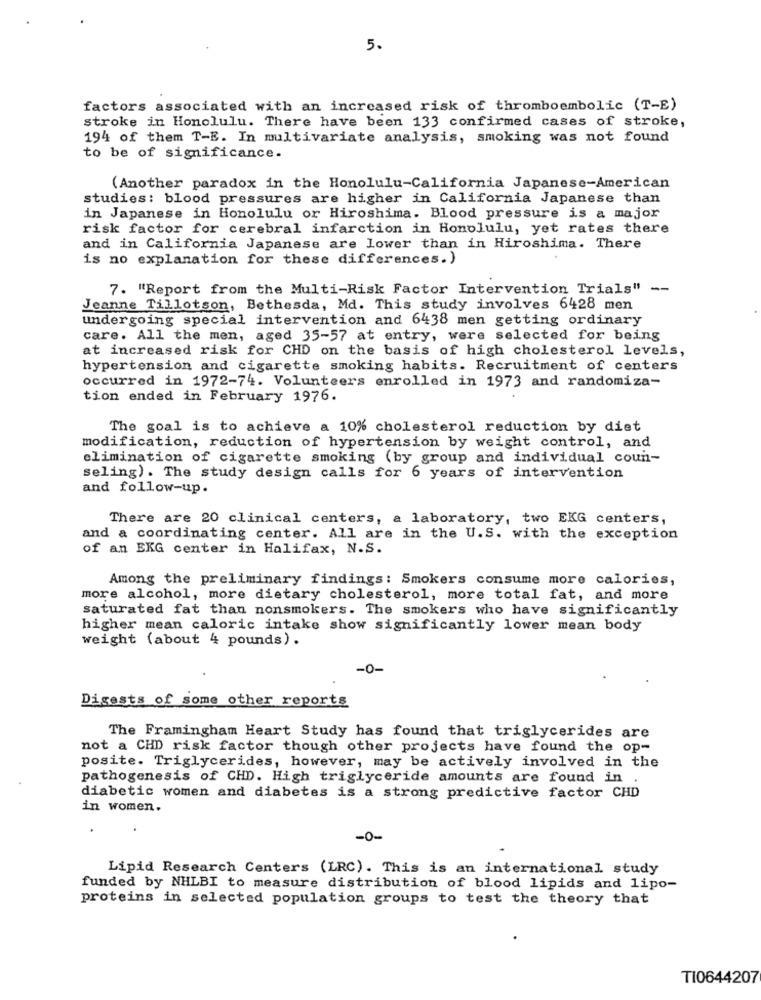
5.
factors associated with an increased risk of thromboembolic (T-E)
stroke in Honolulu. There have been 133 confirmed cases of stroke,
194 of them T-E. In multivariate analysis, smoking was not found
to be of significance.
(Another paradox in the Honolulu-California Japanese-American
studies: blood pressures are higher in California Japanese than
in Japanese in Honolulu or Hiroshima. Blood pressure is a major
risk factor for cerebral infarction in Honolulu, yet rates there
and in California Japanese are lower than in Hiroshima. There
is no explanation for these differences.)
7. "Report from the Multi-Risk Factor Intervention Trials" --
Jeanne Tillotson, Bethesda, Md. This study involves 6428 men
undergoing special intervention and 6438 men getting ordinary
care. All the men, aged 35-57 at entry, were selected for being
at increased risk for CHD on the basis of high cholesterol levels,
hypertension and cigarette smoking habits. Recruitment of centers
occurred in 1972-74. Volunteers enrolled in 1973 and randomiza-
tion ended in February 1976.
The goal is to achieve a 10% cholesterol reduction by diet
modification, reduction of hypertension by weight control, and
elimination of cigarette smoking (by group and individual coun-
seling). The study design calls for 6 years of intervention
and follow-up.
There are 20 clinical centers, a laboratory, two EKG centers,
and a coordinating center. All are in the U.S. with the exception
of an EKG center in Halifax, N.S.
Among the preliminary findings: Smokers consume more calories,
more alcohol, more dietary cholesterol, more total fat, and more
saturated fat than nonsmokers. The smokers who have significantly
higher mean caloric intake show significantly lower mean body
weight (about 4 pounds).
-0-
Digests of some other reports
The Framingham Heart Study has found that triglycerides are
not a CHD risk factor though other projects have found the op-
posite. Triglycerides, however, may be actively involved in the
pathogenesis of CHD. High triglyceride amounts are found in .
diabetic women and diabetes is a strong predictive factor CHD
in women.
-0-
Lipid Research Centers (LRC). This is an international study
funded by NHLBI to measure distribution of blood lipids and lipo-
proteins in selected population groups to test the theory that
TI0644207